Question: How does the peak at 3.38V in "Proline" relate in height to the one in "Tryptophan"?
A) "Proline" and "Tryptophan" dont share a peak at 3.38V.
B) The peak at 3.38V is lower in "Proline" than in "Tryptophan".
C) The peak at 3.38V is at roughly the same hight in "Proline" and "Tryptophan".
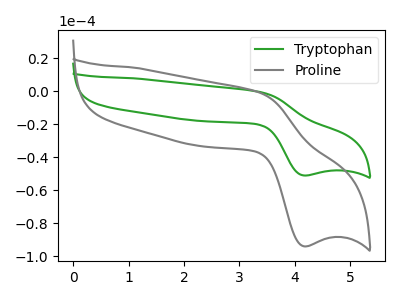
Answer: <think>The green curve "Tryptophan" has an anodic peak at (3.40V, -0.60uA) and a cathodic peak at (4.15V, -51.10uA). The gray curve "Proline" has an anodic peak at (3.40V, -1.10uA) and a cathodic peak at (4.15V, -93.95uA).</think>
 <answer>B) The peak at 3.38V is lower in "Proline" than in "Tryptophan".</answer>
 <eval>B</eval>